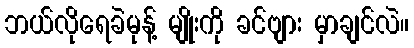
ဘယ်လိုရေခဲမုန့် မျိုးကို ခင်ဗျား မှာချင်လဲ။